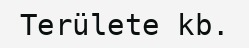
Területe kb.